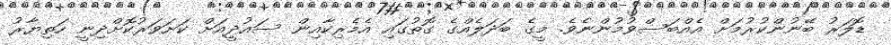
ޑޮލަރު ބޭނުންކުރުމަށް އެއްބަސްވުމުންނެވެ. މީގެ ބަދަލެއްގެ ގޮތުގައި އެމެރިކާއިން ސައުދީއަށް ކަށަވަރުކޮށްދިނީ ހަތިޔާރު